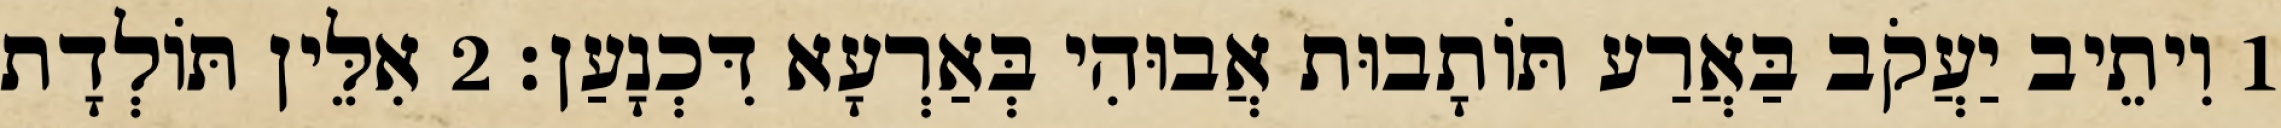
1 וִיתֵיב יַעֲקֹב בַּאֲרַע תּוֹתָבוּת אֲבוּהִי בְּאַרְעָא דִּכְנָעַן׃ 2 אִלֵּין תּוֹלְדָת